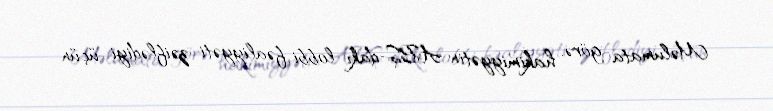
Məlumata görə, hakimiyyətin ABŞ-dakı lobbi fəaliyyəti zəiflədiyi üçün